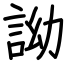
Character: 詏